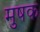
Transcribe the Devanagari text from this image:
मुषक